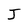
Character: J